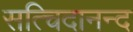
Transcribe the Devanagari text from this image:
सत्चिदानन्द